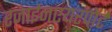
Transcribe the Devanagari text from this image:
रजाईनएयरपोर्ट